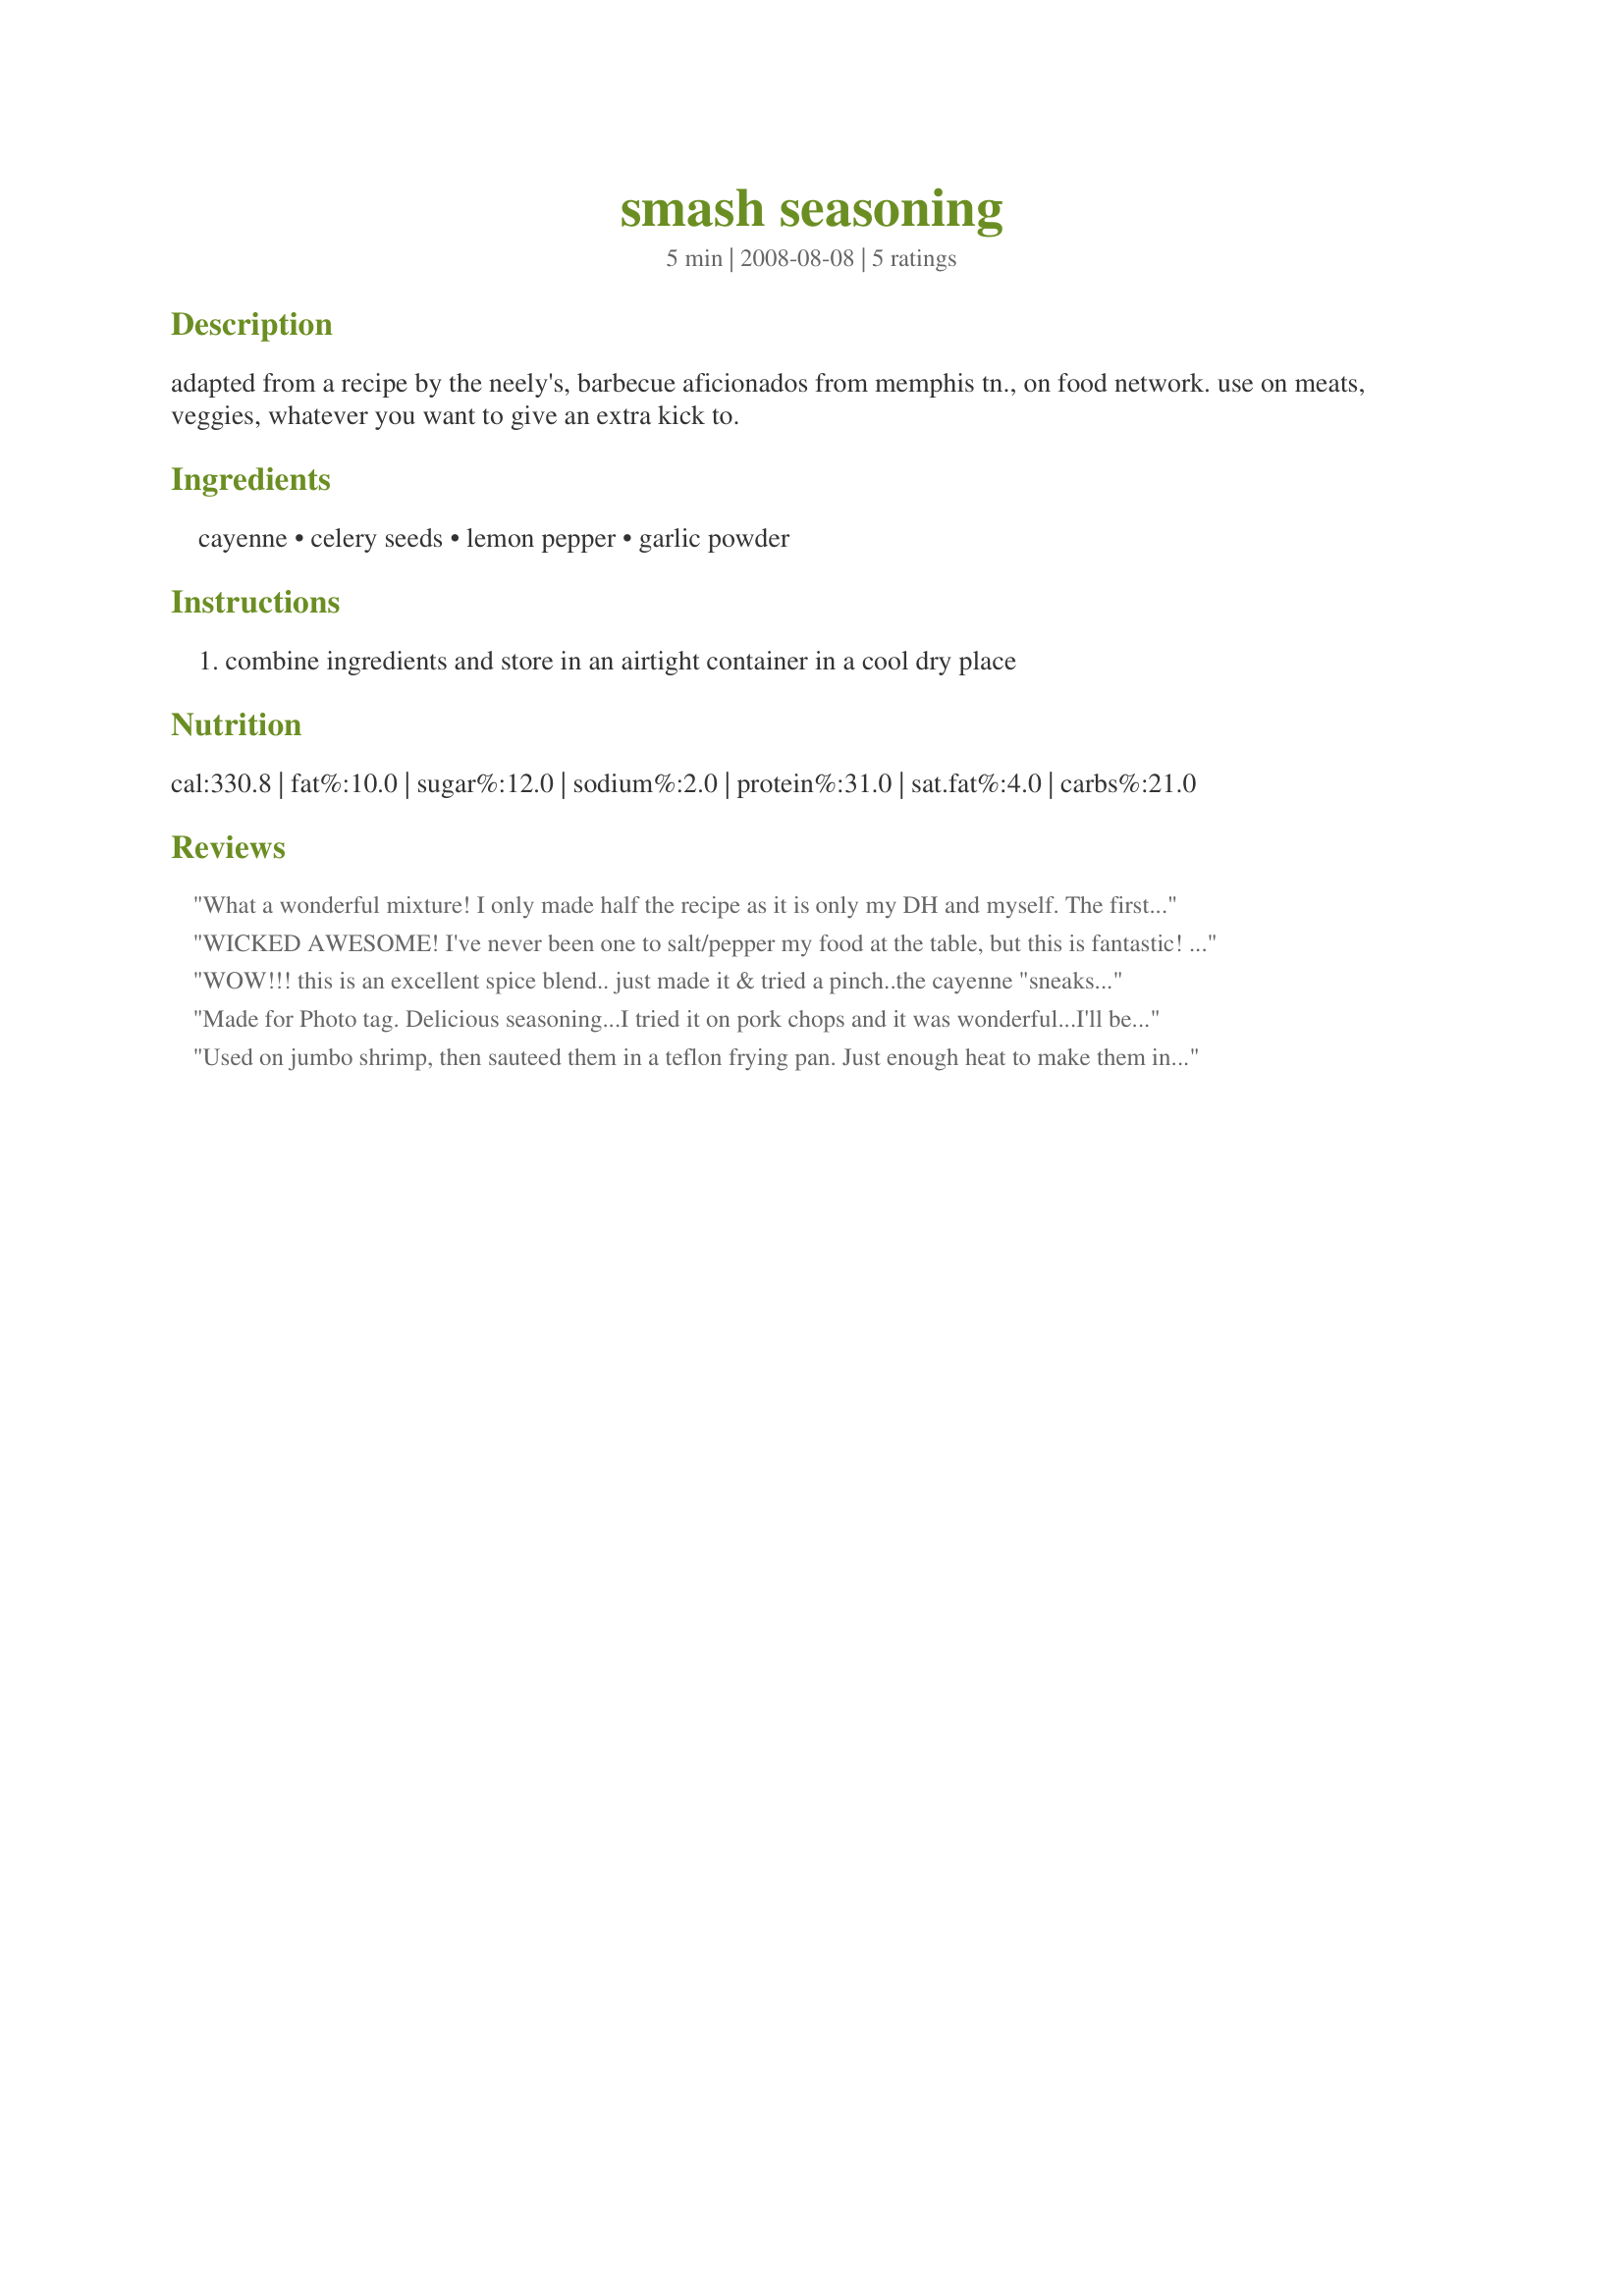
smash seasoning
Preparation time: 5 minutes

adapted from a recipe by the neely's, barbecue aficionados from memphis tn., on food network. use on meats, veggies, whatever you want to give an extra kick to.

Ingredients:
cayenne, celery seeds, lemon pepper, garlic powder

Steps:
combine ingredients and store in an airtight container in a cool dry place

Reviews:
What a wonderful mixture! I only made half the recipe as it is only my DH and myself. The first time we tried it was on eggs. Oh my...they were soooo good. And now it has become our house seasoning. We put it on most everything that needs a kick. Thank you for posting!
WICKED AWESOME! I've never been one to salt/pepper my food at the table, but this is fantastic! I love the mix of flavours and it's great on anything and everything. I haven't found anything that it's NOT good on. Thanks for spicing up my life!
WOW!!! this is an excellent spice blend.. just made it & tried a pinch..the cayenne "sneaks" up on you I didn't taste it but a second or 2 later you feel the warmth in the back of your mouth/throat..
I can tell b this will be one I use regularly.... so glad I was searching member seasoning cookbooks where this 1 was ....
thank you Sue L for posting this
Made for Photo tag.
Delicious seasoning...I tried it on pork chops and it was wonderful...I'll be testing it out further in the very near future.
Used on jumbo shrimp, then sauteed them in a teflon frying pan. Just enough heat to make them interesting, but not so much you burn your mouth off! May try this on chicken next! We had a side dish of coleslaw with pineapple in it to kind of offset the hot of the shrimp. The contrast in flavors was very good!
